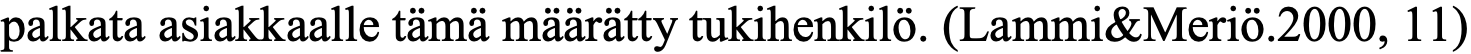
palkata asiakkaalle tämä määrätty tukihenkilö. (Lammi&Meriö.2000, 11)